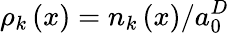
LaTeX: \rho_{k}\left(x\right)=n_{k}\left(x\right)/a_{0}^{D}